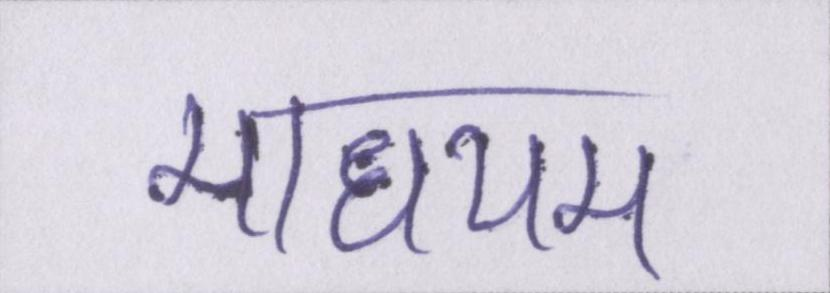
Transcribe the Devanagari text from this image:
माधयम